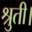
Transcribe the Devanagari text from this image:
श्रुती।